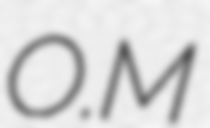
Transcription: O.M